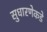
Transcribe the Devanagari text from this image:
सुधारणेकडे